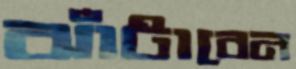
ঝাঁটাবেন